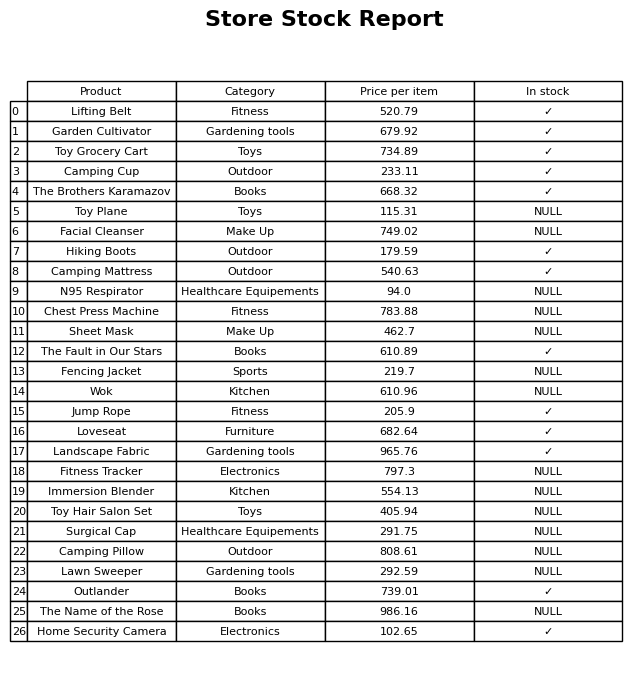
question: What is the price for The Fault in Our Stars?
answer: The price of The Fault in Our Stars is 610.89.